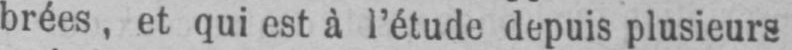
brées, et qui est à l’étude depuis plusieurs